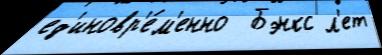
ед'иновр'е́м'енно  Бэнкс л'ет